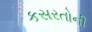
કસરતોની